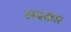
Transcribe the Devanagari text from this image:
सप्रकार